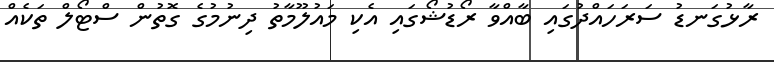
ރާޅުގަނޑު ސަރަހައްދުގައި ބާއްވާ ރޯޑުޝޯގައި އެކި މައުލޫމާތު ދިނުމުގެ ގޮތުން ސްޓޯލް ތަކެއް